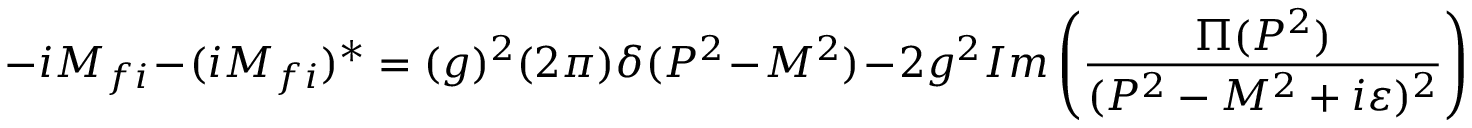
- i { \cal M } _ { f i } - ( i { \cal M } _ { f i } ) ^ { * } = ( g ) ^ { 2 } ( 2 \pi ) \delta ( P ^ { 2 } - M ^ { 2 } ) - 2 g ^ { 2 } I m \left( { { \frac { \Pi ( P ^ { 2 } ) } { ( P ^ { 2 } - M ^ { 2 } + i \varepsilon ) ^ { 2 } } } } \right)